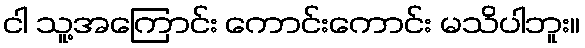
ငါ သူ့အကြောင်း ကောင်းကောင်း မသိပါဘူး။